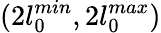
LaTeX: (2l_{0}^{min},2l_{0}^{max})